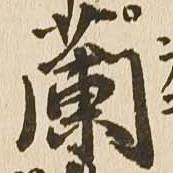
蘭